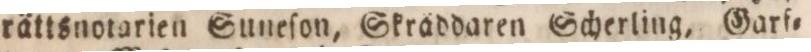
rättsnotarien Suneſon, Skräddaren Scherling, Garf=